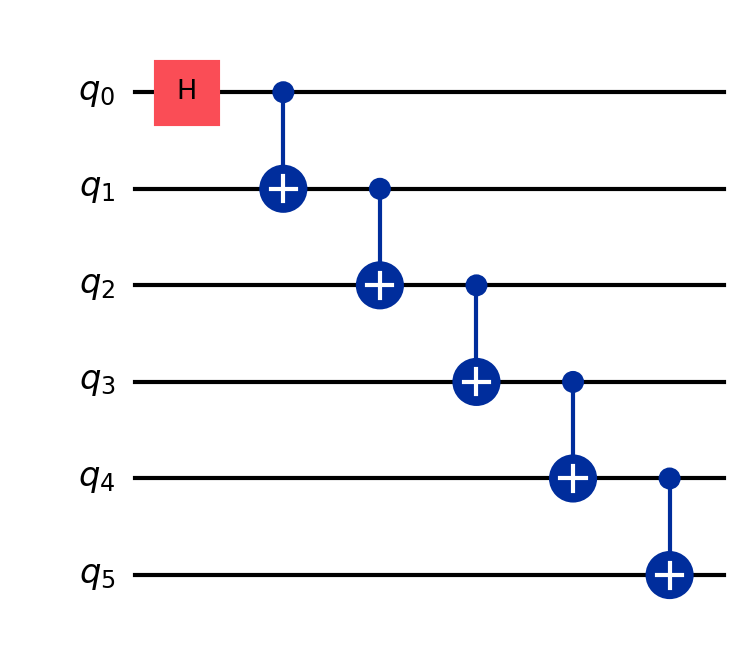
Description: 6-qubit linear CNOT chain entanglement
描述: 6量子比特线性CNOT链纠缠
Category: qubit_scaling (difficulty: intermediate)
Qubits: 6, circuit depth: 6

Braket implementation:
from braket.circuits import Circuit
circuit = Circuit()
circuit.h(0)
for i in range(5):
    circuit.cnot(i, i + 1)